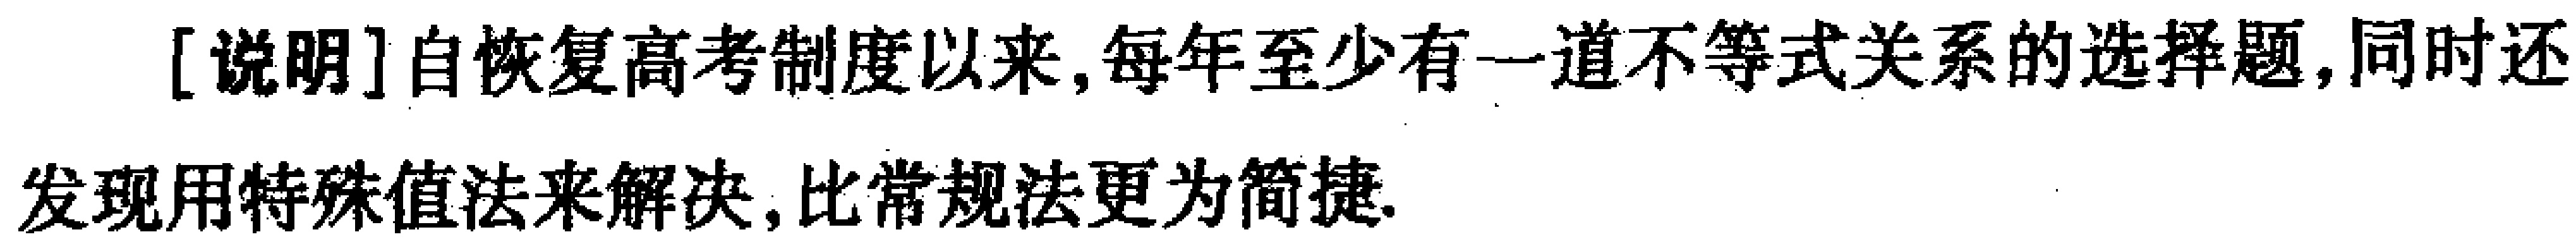
[说明]自恢复高考制度以来,每年至少有一道不等式关系的选择题,同时还发现用特殊值法来解决,比常规法更为简捷.